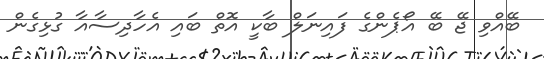
ބޭއްވި ޖޭ ބޭ އޯޕެންގެ ފައިނަލް ބާކީ އޮތް ބައި އެހާދިސާއާ ގުޅިގެން